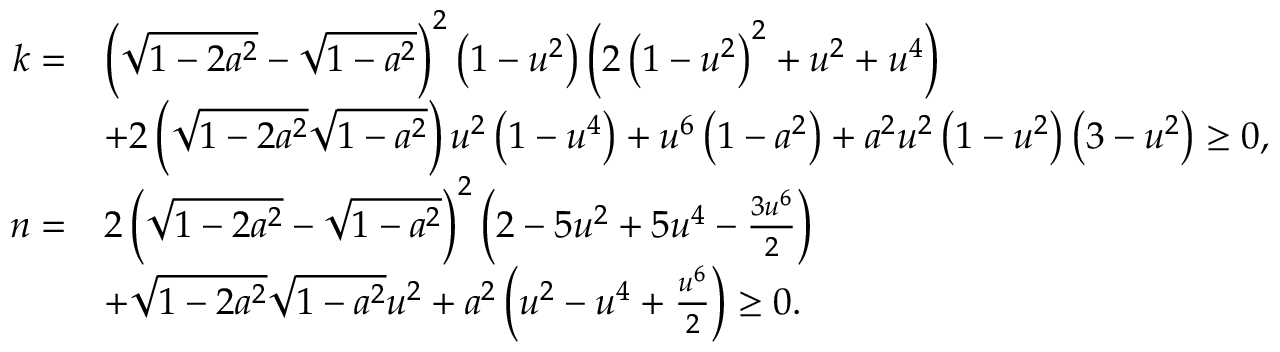
\begin{array} { r l } { k = } & { \left( \sqrt { 1 - 2 a ^ { 2 } } - \sqrt { 1 - a ^ { 2 } } \right) ^ { 2 } \left( 1 - u ^ { 2 } \right) \left( 2 \left( 1 - u ^ { 2 } \right) ^ { 2 } + u ^ { 2 } + u ^ { 4 } \right) } \\ & { + 2 \left( \sqrt { 1 - 2 a ^ { 2 } } \sqrt { 1 - a ^ { 2 } } \right) u ^ { 2 } \left( 1 - u ^ { 4 } \right) + u ^ { 6 } \left( 1 - a ^ { 2 } \right) + a ^ { 2 } u ^ { 2 } \left( 1 - u ^ { 2 } \right) \left( 3 - u ^ { 2 } \right) \geq 0 , } \\ { n = } & { 2 \left( \sqrt { 1 - 2 a ^ { 2 } } - \sqrt { 1 - a ^ { 2 } } \right) ^ { 2 } \left( 2 - 5 u ^ { 2 } + 5 u ^ { 4 } - \frac { 3 u ^ { 6 } } { 2 } \right) } \\ & { + \sqrt { 1 - 2 a ^ { 2 } } \sqrt { 1 - a ^ { 2 } } u ^ { 2 } + a ^ { 2 } \left( u ^ { 2 } - u ^ { 4 } + \frac { u ^ { 6 } } { 2 } \right) \geq 0 . } \end{array}